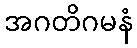
အဂတိဂမနံ